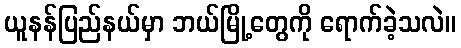
ယူနန်ပြည်နယ်မှာ ဘယ်မြို့တွေကို ရောက်ခဲ့သလဲ။